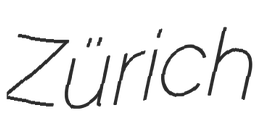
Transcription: Zürich